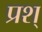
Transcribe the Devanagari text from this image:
प्रश्